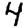
Digit: 4